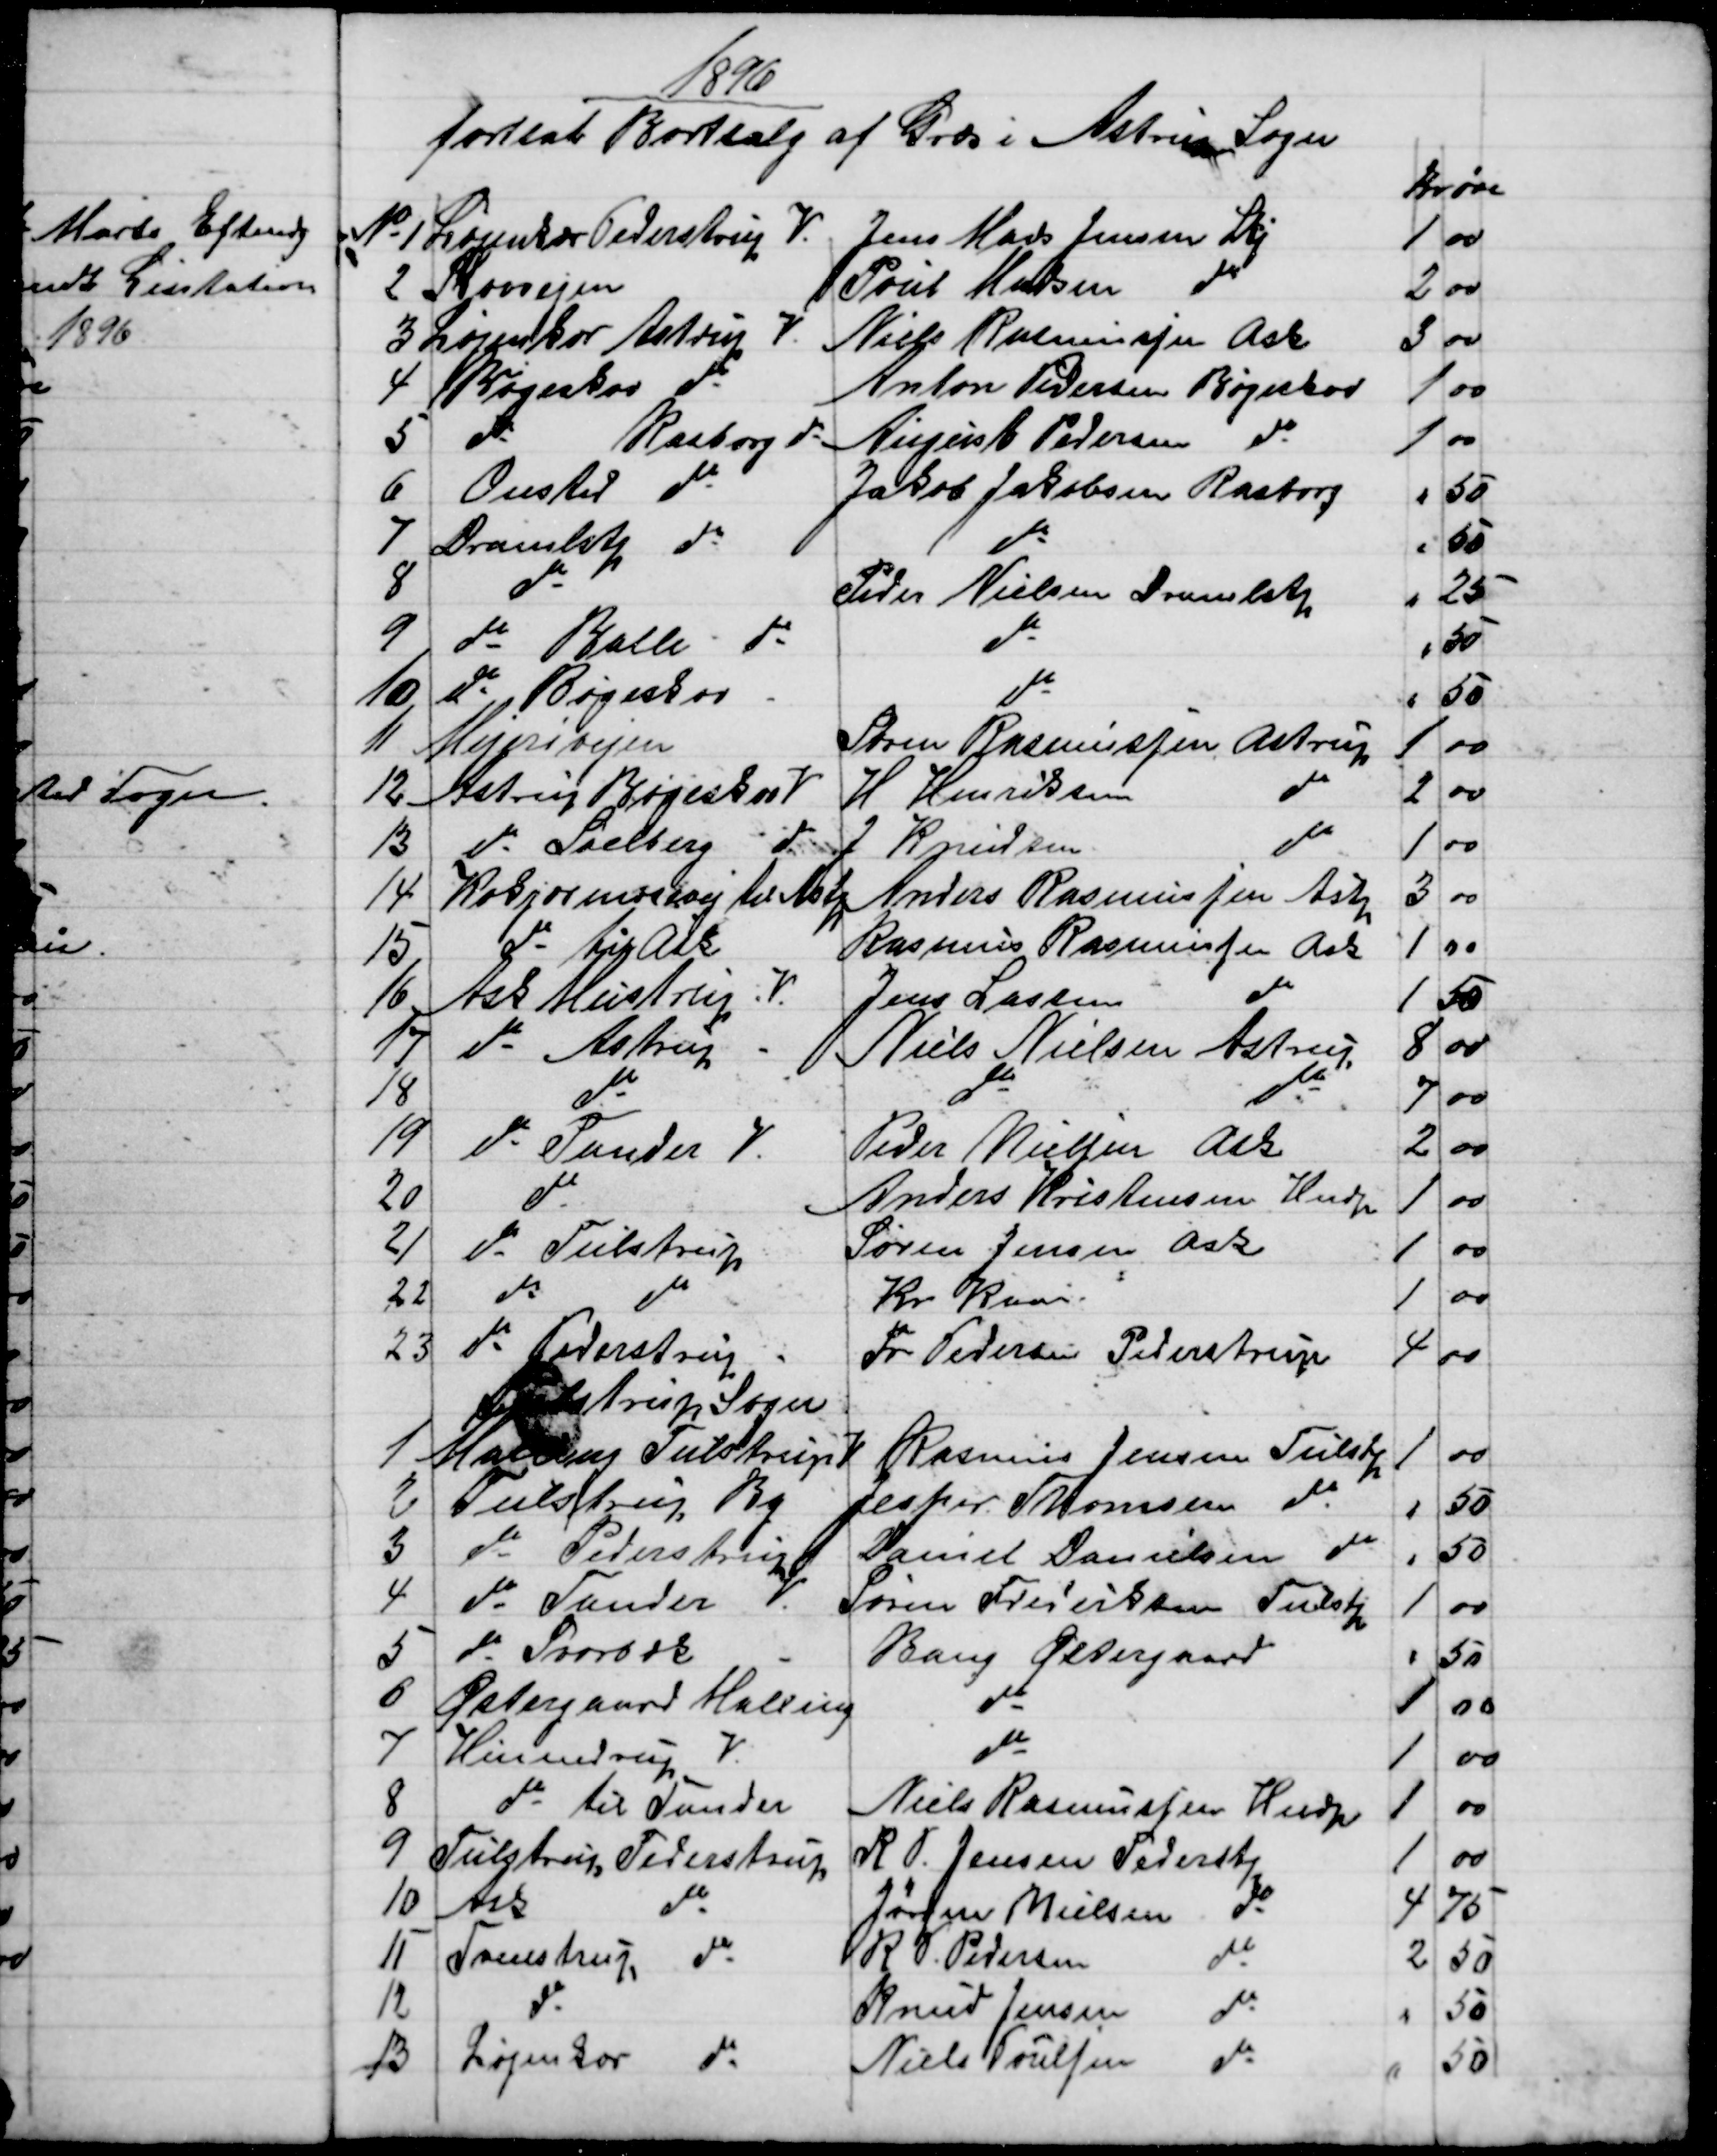
Transskription:
1896
fortsat Bortsalg af Græs i Astrup Sogn
Kr 
øre
№ 1 
Løjenkær Pederstrup V.
Jens Mads Jensen Lkj
1
00
2
Skovvejen
Poul Madsen do
2
00
3 
Løjenkær Astrup V.
Niels Rasmussen Ask
3
00
4
Bøgeskov do
Anton Pedersen Bøgeskov
1
00
5
do 
Rasborg do
August Pedersen do
1
00
6
Onsted do.
Jakob Jakobsen Rasborg
"
50
7
Dramlstp do
do
" 
50
8
do
Peder Nielsen Dramlstp
"
25
9
do Balle do
do
"
50
10
do Bøgeskov -
do
"
50
11
Mejerivejen
Søren Rasmussen, Astrup
1
00
12
Astrup Bøgeskov V.
H Henriksen 
do
2
00
13
do Soelberg do
J Knudsen 
do
1
00
14
Kokjærmosevej til Astp
Anders Rasmussen Astp
3
00
15
 do til Ask
Rasmus Rasmussen Ask
1
00
16
Ask Mustrup V.
Jens Lassen 
do
1
50
17
do Astrup -
Niels Nielsen Astrup
8
00
18
do
do 
do
7
00
19
do Tander V.
Peder Nielsen Ask
2
00
20
do
Anders Kristensen Hndp
1
00
21
do Tulstrup
Søren Jensen Ask
1
00
22
do
do
Kr Kaae
1
00
23
do Pederstrup -
Fr. Pedersen Pederstrup
4
00
Tulstrup Sogn
1
Malling Tulstrup V
Rasmus Jensen Tulstp
1
00
2
Tulstrup By
Jesper Thomsen do
"
50
3
do Pederstrup
Daniel Danielsen do
"
50
4
do Tander V.
Søren Frederiksen Tulstp
1
00
5
 do Svorbæk 
-
Bang Østergaard
"
50
6
Østergaard Malling
do
1
00
7
Hinnedrup V.
do
1
00
8
do til Tander
Niels Rasmussen Hndp
1
00
9
Tulstrup Pederstrup
R. P. Jensen Pederstp
1
00
10
Ask
do
Jørgen Nielsen do
4
75
11
Tvenstrup do
R. P. Pedersen 
do
2
50
12
do
Knud Jensen 
do
"
50
13
Løjenkær 
do
Niels Poulsen
do
"
50